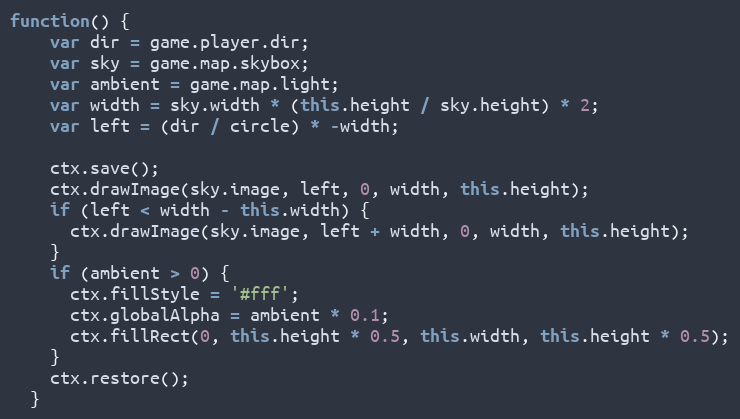
Language: JavaScript
function() {
    var dir = game.player.dir;
    var sky = game.map.skybox;
    var ambient = game.map.light;
    var width = sky.width * (this.height / sky.height) * 2;
    var left = (dir / circle) * -width;

    ctx.save();
    ctx.drawImage(sky.image, left, 0, width, this.height);
    if (left < width - this.width) {
      ctx.drawImage(sky.image, left + width, 0, width, this.height);
    }
    if (ambient > 0) {
      ctx.fillStyle = '#fff';
      ctx.globalAlpha = ambient * 0.1;
      ctx.fillRect(0, this.height * 0.5, this.width, this.height * 0.5);
    }
    ctx.restore();
  }